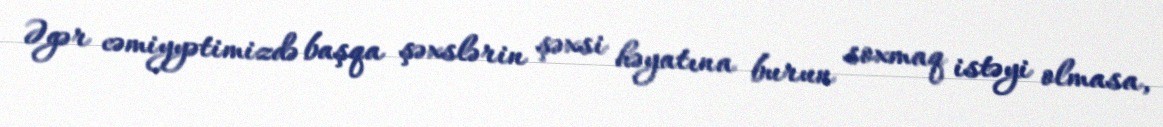
Əgər cəmiyyətimizdə başqa şəxslərin şəxsi həyatına burun soxmaq istəyi olmasa,